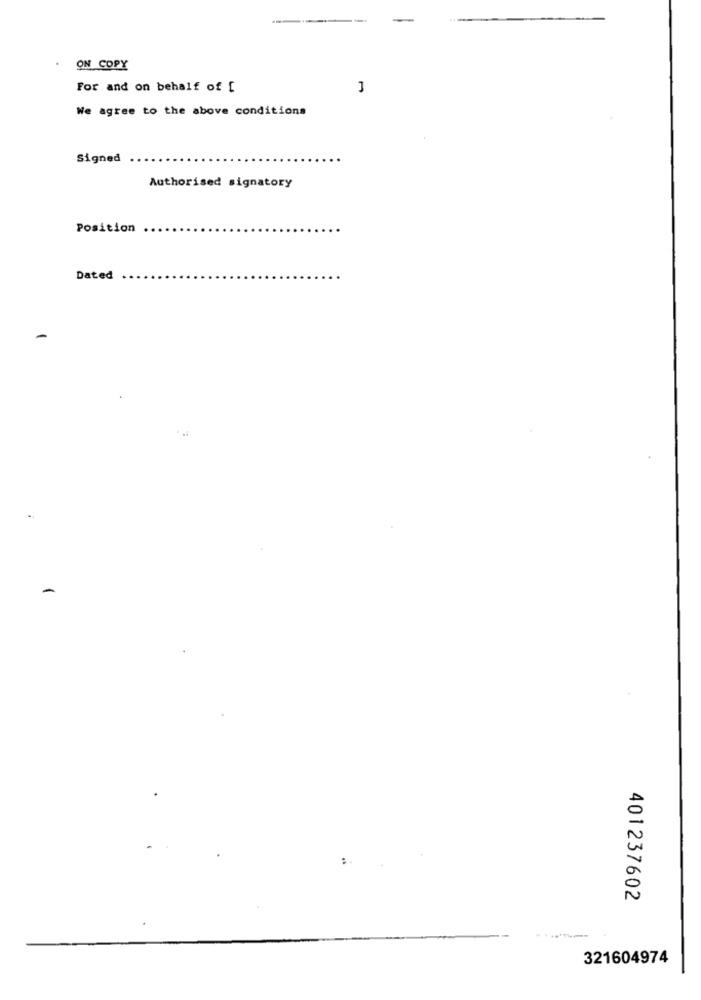
ON COPY
For and on behalf of [
We agree to the above conditions
Signed
Authorised signatory
Position
Dated
401237602
321604974